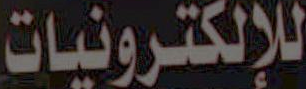
للإلكترونيات